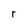
Character: r